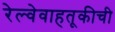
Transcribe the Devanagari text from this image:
रेल्वेवाहतूकीची